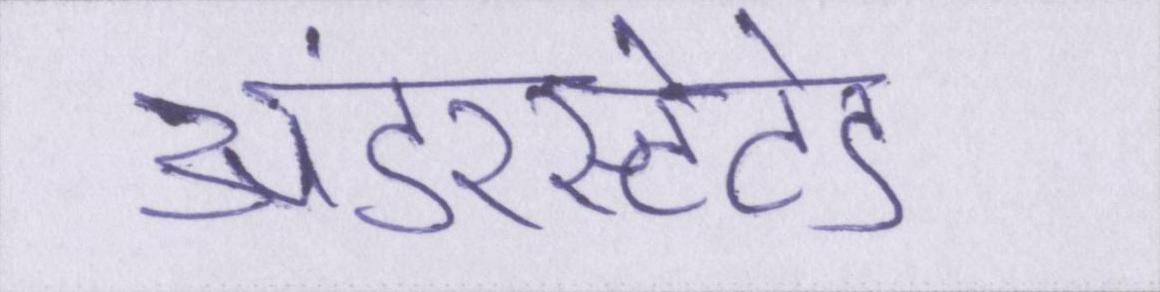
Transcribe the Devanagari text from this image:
अंडरस्टेटेड